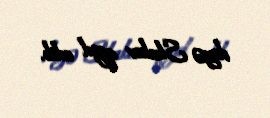
deyə Skakov qeyd edib.